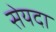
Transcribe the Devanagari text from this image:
सेयदा